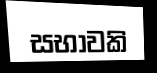
සභාවකි